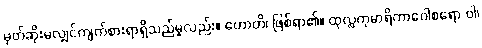
မုတ်ဆိုးမလျှင်ကျက်စားရာရှိသည်မူလည်း။ ဟောတိ၊ ဖြစ်ရာ၏။ ထုလ္လကုမာရိကာဂေါစရော ဝါ၊